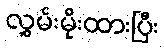
လွှမ်းမိုးထားပြီး